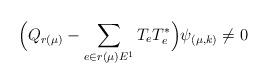
LaTeX: \begin{align*}\Big(Q_{r(\mu)} - \sum_{e \in r(\mu)E^1} T_e T^*_e\Big)\psi_{(\mu,k)} \not= 0\end{align*}